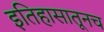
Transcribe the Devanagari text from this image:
इतिहासातूनच